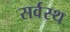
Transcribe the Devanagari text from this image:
सर्वस्थ